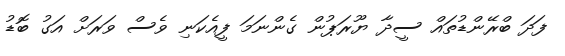
ފަދަ ބްރޭންޑުތައް ސީދާ ޔޫރަޕުން ގެންނަމަ ފީއެކަނި ވެސް ވަރަށް އަގު ބޮޑު